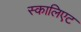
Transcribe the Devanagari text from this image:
स्कालिएट